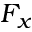
F _ { x }